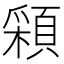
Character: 𩓰